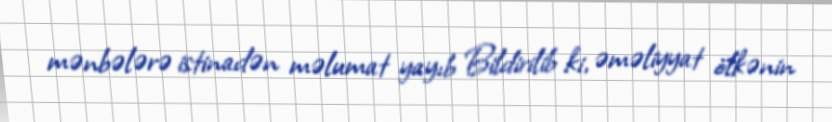
mənbələrə istinadən məlumat yayıb Bildirilib ki, əməliyyat ölkənin